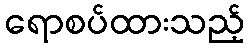
ရောစပ်ထားသည့်